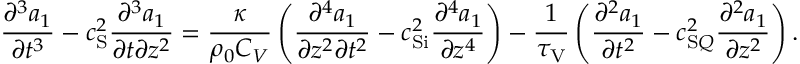
\frac { \partial ^ { 3 } a _ { 1 } } { \partial t ^ { 3 } } - c _ { \mathrm { S } } ^ { 2 } \frac { \partial ^ { 3 } a _ { 1 } } { \partial t \partial z ^ { 2 } } = \frac { \kappa } { \rho _ { 0 } C _ { V } } \left( \frac { \partial ^ { 4 } a _ { 1 } } { \partial z ^ { 2 } \partial t ^ { 2 } } - c _ { \mathrm { S i } } ^ { 2 } \frac { \partial ^ { 4 } a _ { 1 } } { \partial z ^ { 4 } } \right) - \frac { 1 } { \tau _ { \mathrm { V } } } \left( \frac { \partial ^ { 2 } a _ { 1 } } { \partial t ^ { 2 } } - c _ { \mathrm { S } Q } ^ { 2 } \frac { \partial ^ { 2 } a _ { 1 } } { \partial z ^ { 2 } } \right) .